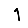
Digit: 1